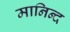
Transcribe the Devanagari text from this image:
मानिन्द